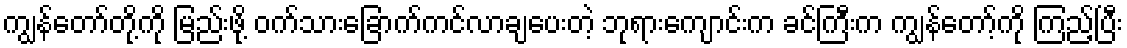
ကျွန်တော်တို့ကို မြည်းဖို့ ဝက်သားခြောက်ကင်လာချပေးတဲ့ ဘုရားကျောင်းက ခင်ကြီးက ကျွန်တော့်ကို ကြည့်ပြီး